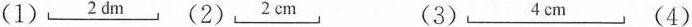
(1) 2dm (2) 2dm (3) 4dm (4) 3dm